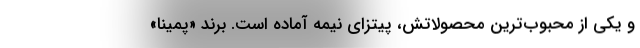
و یکی از محبوب‌ترین محصولاتش، پیتزای نیمه آماده است. برند «پمینا»